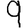
Digit: 9